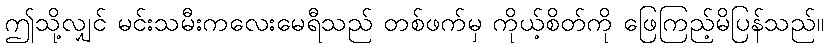
ဤသို့လျှင် မင်းသမီးကလေးမေရီသည် တစ်ဖက်မှ ကိုယ့်စိတ်ကို ဖြေကြည့်မိပြန်သည်။